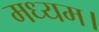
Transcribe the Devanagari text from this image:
मध्यम।